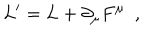
L ^ { \prime } = L + \partial _ { \mu } F ^ { \mu } \, \, \, ,